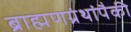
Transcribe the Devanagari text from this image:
ब्राह्मणग्रंथांपैकी